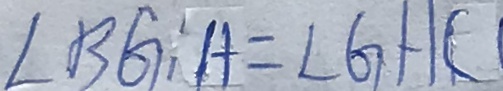
\angle B G A = \angle G H C